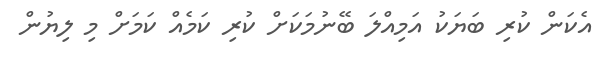
އެކަން ކުރި ބަޔަކު އަމިއްލަ ބޭނުމަކަށް ކުރި ކަމެއް ކަމަށް މި ލިޔުން